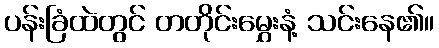
ပန်းခြံထဲတွင် တတိုင်းမွှေးနံ့ သင်းနေ၏။